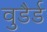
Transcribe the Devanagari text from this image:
वुडैर्ड